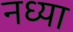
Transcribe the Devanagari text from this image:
नध्या